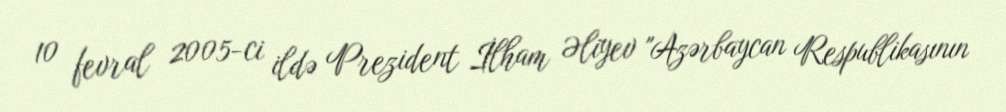
10 fevral 2005-ci ildə Prezident İlham Əliyev "Azərbaycan Respublikasının